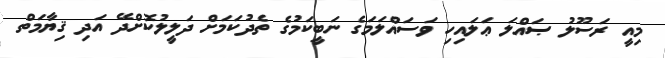
މިއީ ރަސޫލު ޞައްލަ ޢަލައިހި ވަސައްލަމަގެ ނަބީކަމުގެ ތެދުކަމަށް ދަލީލުކޮށްދޭ އަދި ޤިޔާމަތް